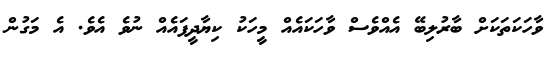
ވާހަކަތަކަށް ބާރުލިބޭ އެއްވެސް ވާހަކައެއް މީހަކު ކިޔާދީފައެއް ނުވެ އެވެ. އެ މަގުން